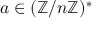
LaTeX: a \in ( \mathbb { Z } / n \mathbb { Z } ) ^ { * }